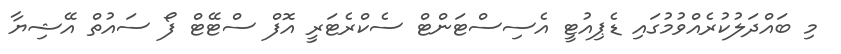
މި ބައްދަލުކުރެއްވުމުގައި ޑެޕިއުޓީ އެސިސްޓަންޓް ސެކްރެޓަރީ އޮފް ސްޓޭޓް ފޯ ސައުތް އޭޝިޔާ